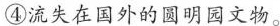
④流失在国外的圆明园文物。